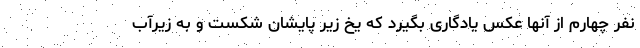
نفر چهارم از آنها عکس یادگاری بگیرد که یخ زیر پایشان شکست و به زیرآب